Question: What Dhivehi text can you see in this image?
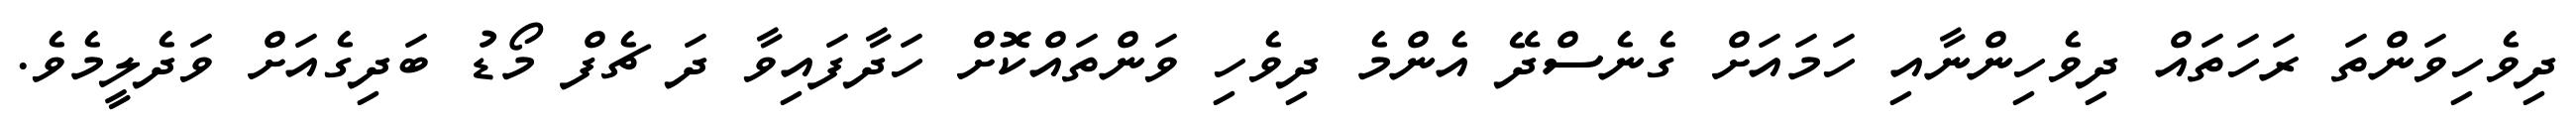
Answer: ދިވެހިވަންތަ ރަހަތައް ދިވެހިންނާއި ހަމައަށް ގެނެސްދޭ އެންމެ ދިވެހި ވަންތައްކޮށް ހަދާފައިވާ ދަ ޗެފް މޯޑު ބަދިގެއަށް ވަދެލީމެވެ.